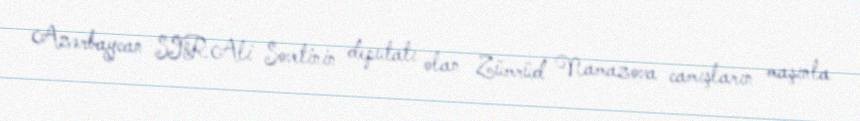
Azərbaycan SSR Ali Sovetinin deputatı olan Zümrüd Namazova camışların maşınla